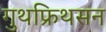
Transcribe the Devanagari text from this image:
गुथफ्रिथसन